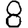
Digit: 8